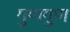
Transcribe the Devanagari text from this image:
गुणगुण